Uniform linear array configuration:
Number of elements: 4
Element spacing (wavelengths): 0.75
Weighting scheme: cosine
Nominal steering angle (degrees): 0
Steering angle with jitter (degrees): -1.239
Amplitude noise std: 0.05
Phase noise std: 0.05

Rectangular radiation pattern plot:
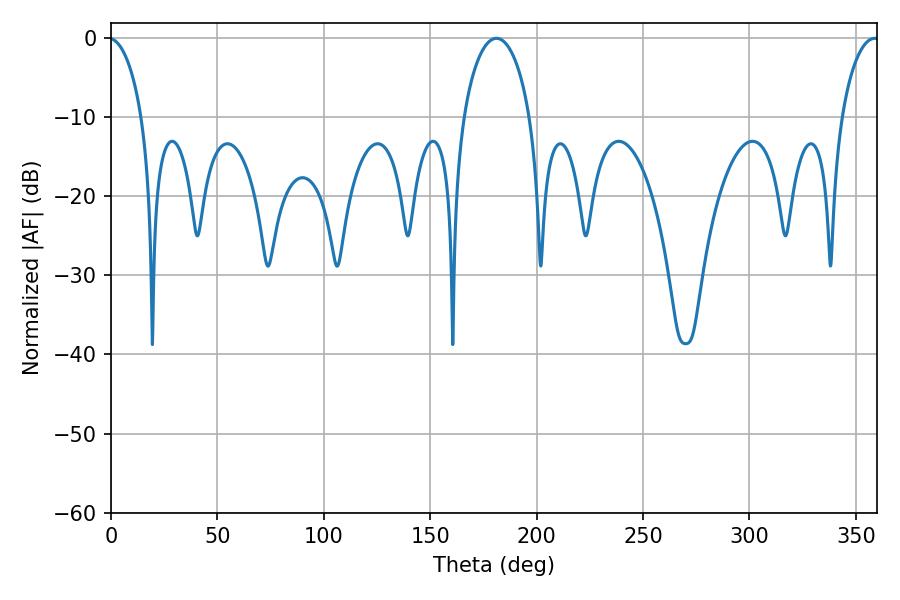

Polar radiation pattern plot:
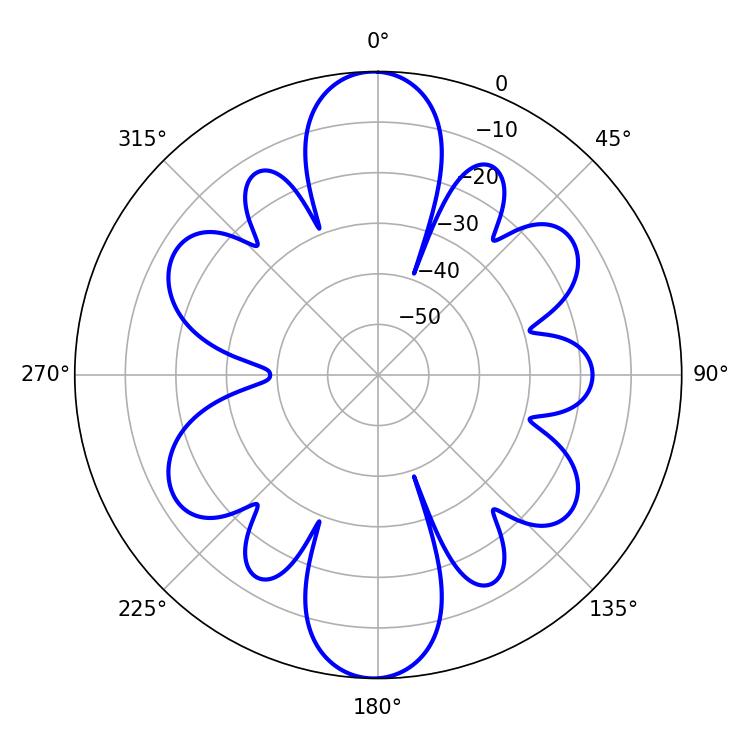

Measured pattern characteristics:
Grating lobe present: TRUE
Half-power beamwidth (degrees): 18
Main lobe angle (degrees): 181.08